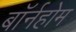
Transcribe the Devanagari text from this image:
बॉर्नहोम